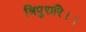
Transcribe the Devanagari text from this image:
त्रिपुरारि।।